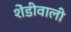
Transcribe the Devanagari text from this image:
शेंडीवाली